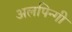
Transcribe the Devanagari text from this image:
अलपिन्गी